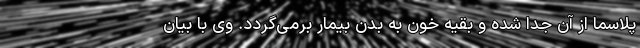
پلاسما از آن جدا شده و بقیه خون به بدن بیمار برمی‌گردد. وی با بیان